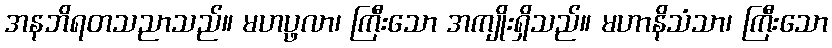
အနဘိရတသညာသည်။ မဟပ္ဖလာ၊ ကြီးသော အကျိုးရှိသည်။ မဟာနိသံသာ၊ ကြီးသော